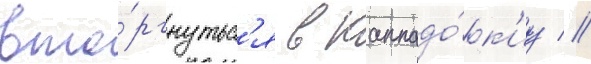
вто́ргнутьс'я в каппадо́к'иу //